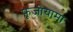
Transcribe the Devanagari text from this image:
फ़ूजीयामा